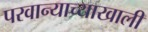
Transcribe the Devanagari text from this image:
परवान्याच्याखाली